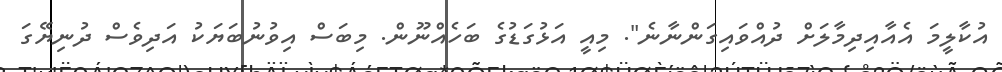
އުކާލީމަ އެއާއިދިމާލަށް ދުއްވައިގަންނާނެ". މިއީ އަޅުގަޑުގެ ބަހެއްނޫން. މިބަސް އިވުނުބަޔަކު އަދިވެސް ދުނިޔޭގަ